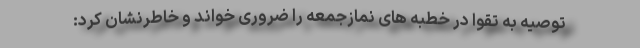
توصیه به تقوا در خطبه های نمازجمعه را ضروری خواند و خاطرنشان کرد: